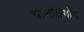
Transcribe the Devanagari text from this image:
चालीसगाँव